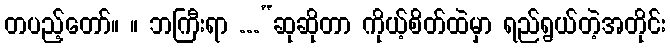
တပည့်တော်။ ။ ဘကြီးရာ ...“ဆုဆိုတာ ကိုယ့်စိတ်ထဲမှာ ရည်ရွယ်တဲ့အတိုင်း